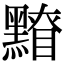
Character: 𪒂